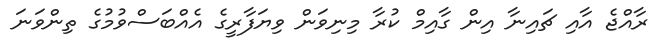
ރާއްޖެ އާއި ޗައިނާ އިން ގާއިމް ކުރާ މިނިވަން ވިޔަފާރީގެ އެއްބަސްވުމުގެ ތިންވަނަ